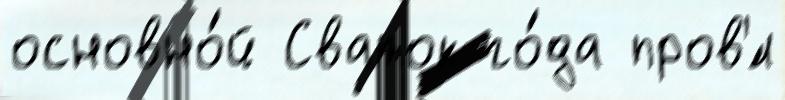
основно́й Сваток го́да пров'́л